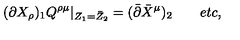
( \partial X _ { \rho } ) _ { 1 } Q ^ { \rho \mu } | _ { Z _ { 1 } = \bar { Z } _ { 2 } } = ( \bar { \partial } \bar { X } ^ { \mu } ) _ { 2 } \qquad e t c ,